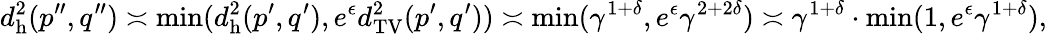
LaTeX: d_{\mathrm{h}}^{2}(p^{\prime\prime},q^{\prime\prime})\asymp\operatorname*{min}(d_{\mathrm{h}}^{2}(p^{\prime},q^{\prime}),e^{\epsilon}d_{\mathrm{TV}}^{2}(p^{\prime},q^{\prime}))\asymp\operatorname*{min}(\gamma^{1+\delta},e^{\epsilon}\gamma^{2+2\delta})\asymp\gamma^{1+\delta}\cdot\operatorname*{min}(1,e^{\epsilon}\gamma^{1+\delta}),